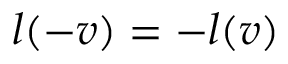
l ( - v ) = - l ( v )